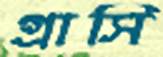
গ্রাসি